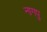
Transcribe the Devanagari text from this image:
नागपु